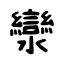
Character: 灓